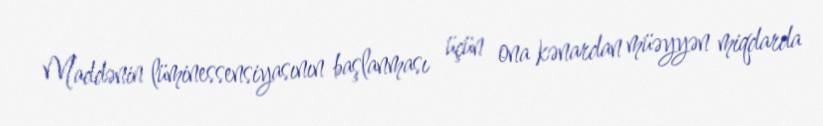
Maddənin lüminessensiyasının başlanması üçün ona kənardan müəyyən miqdarda